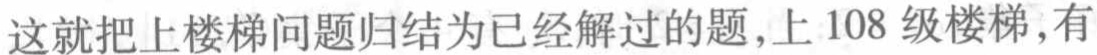
这就把上楼梯问题归结为已经解过的题,上 108 级楼梯,有